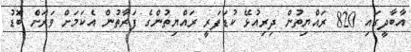
އާބާދީގައި 820 ރައްޔިތުން ދިރިއުޅޭ ކުޑަފަރީ ރައްޔިތުންގެ ފަރާތުން އެކަމަށް ވަރަށް ބޮޑު